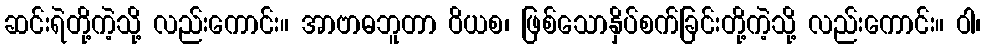
ဆင်းရဲတို့ကဲ့သို့ လည်းကောင်း။ အာဗာဓဘူတာ ဝိယစ၊ ဖြစ်သောနှိပ်စက်ခြင်းတို့ကဲ့သို့ လည်းကောင်း။ ဝါ၊